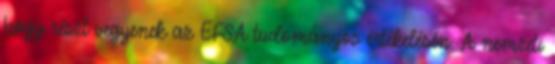
hogy részt vegyenek az EFSA tudományos értékelésén. A nemzeti